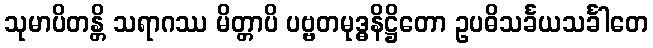
သုမာပိတန္တိ သရာဂဿ မိတ္တာပိ ပဗ္ဗတမုဒ္ဓနိဋ္ဌိတော ဥပဓိသင်္ခယသင်္ခါတေ